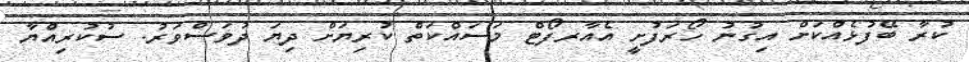
ކުރާ ބޭފުޅެއްކަށް އިގުނު ހޯރަފުށީ އެއާރފޯޓް މަސައްކަތް ކުރިޔަށް ދިޔަ ދުވަސްވަރު. ސުކުރިއްޔާ